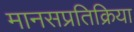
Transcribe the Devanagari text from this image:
मानसप्रतिक्रिया